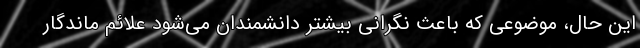
این حال، موضوعی که باعث نگرانی بیشتر دانشمندان می‌شود علائم ماندگار